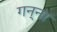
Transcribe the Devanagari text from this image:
गन्‍ना